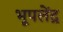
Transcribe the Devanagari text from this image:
भूपलेंद्र